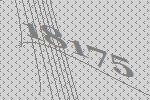
18175